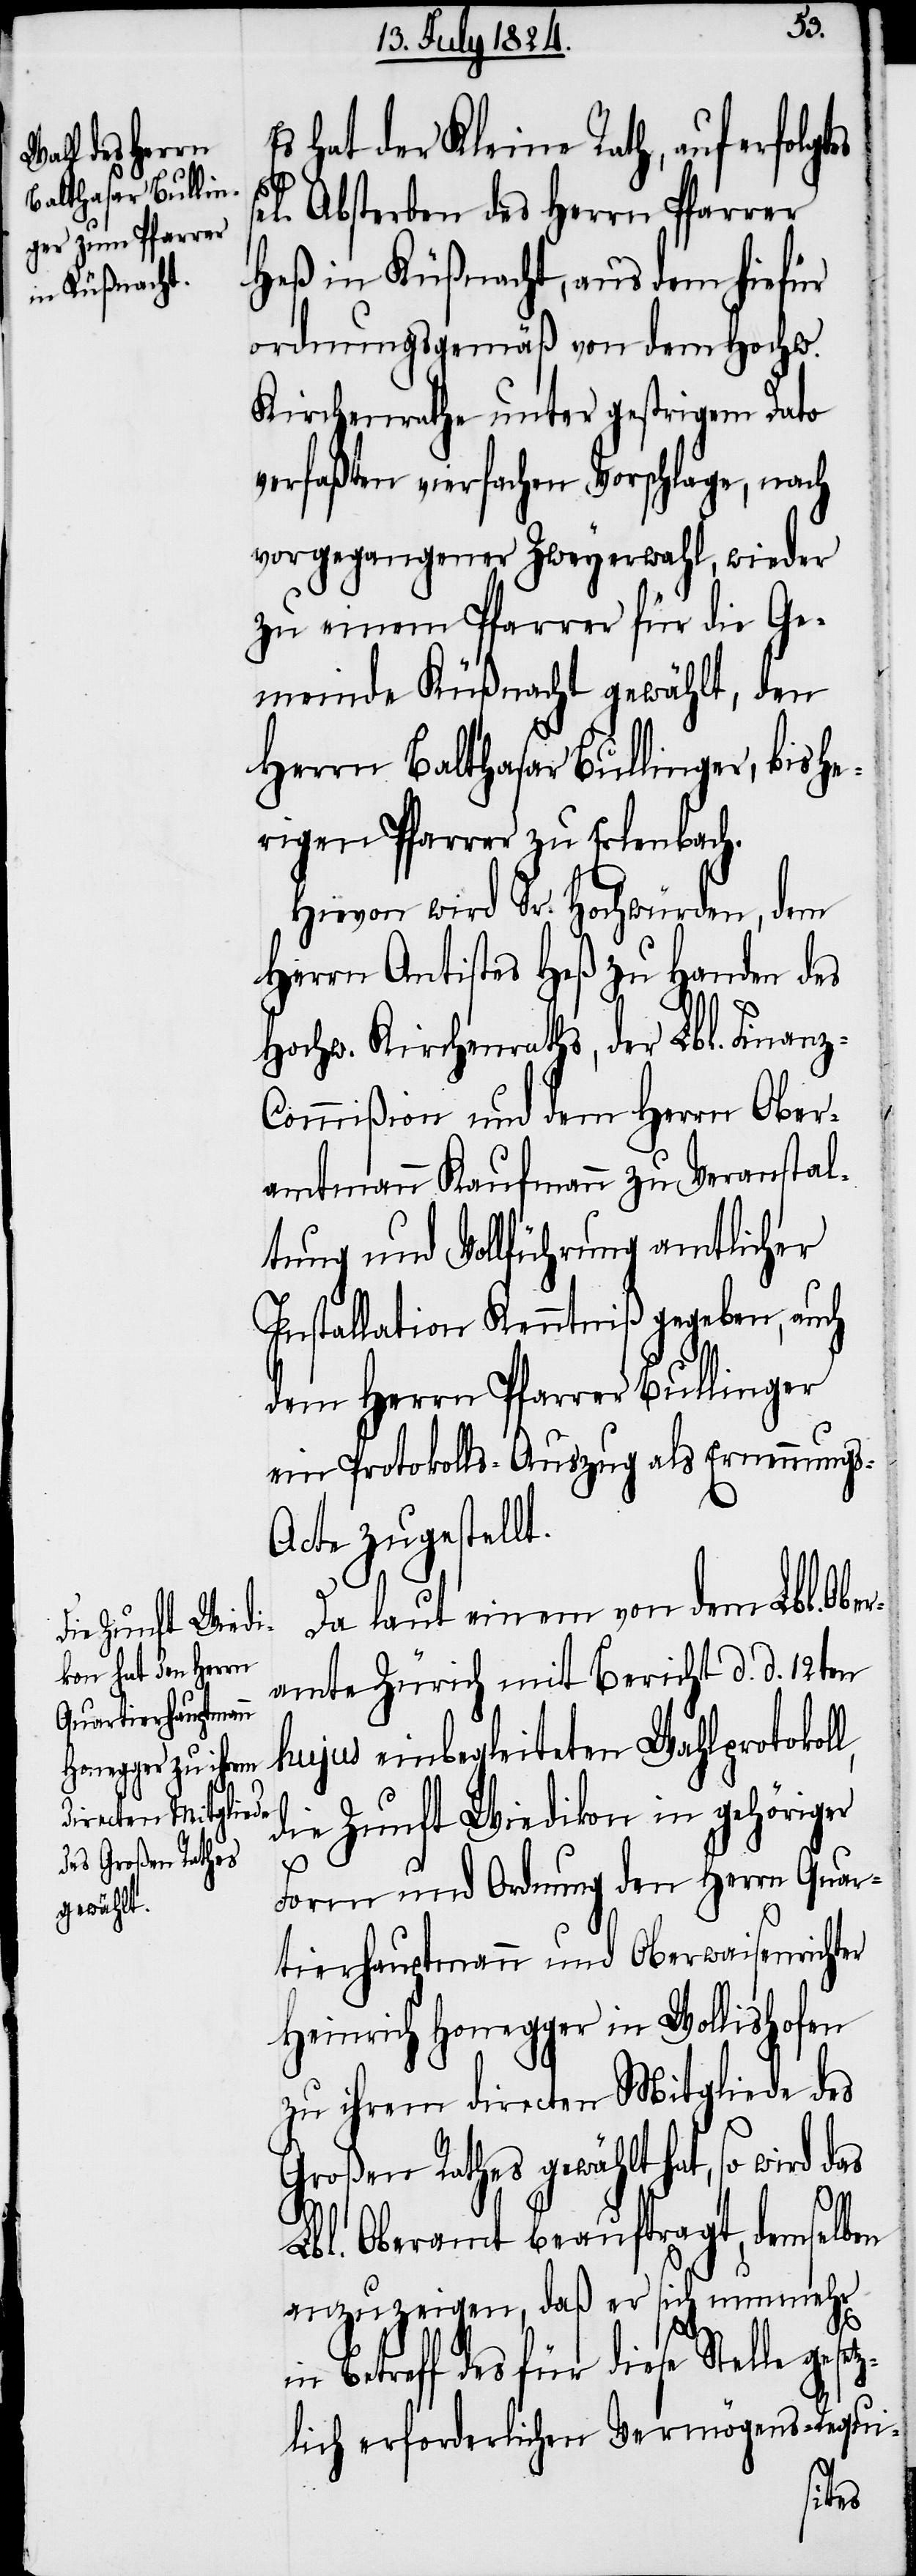
tes sel[ige¬

Es hat der Kleine Rath, auf erfolg¬
s] Absterben des Herrn Pfarrer
Heß in Küßnacht, aus dem hiefür
ordnungsgemäß von dem Hochw.
Kirchenrathe unter gestrigem Dato
verfaßten vierfachen Vorschlage, nach
vorgegangener Zweyerwahl, wieder
zu einem Pfarrer für die Ge¬
meinde Küßnacht gewählt, den
Herrn Balthasar Bullinger, bishe¬
riger Pfarrer zu Erlenbach.
Hievon wird Sr. Hochwürden, dem
Herrn Antistes Heß zu Handen des
Hochw. Kirchenrathes, der Lbl. Finanz-C¬
ommißion und dem Herrn Ober¬
amtmann Kaufmann zu Veranstal¬
tung und Vollführung amtlicher
Installation Kenntniß gegeben, auch
dem Herrn Pfarrer Bullinger
ein Protokoll-Auszug als Ernennung¬
s-Acte zugestellt.
Da laut einem von dem Lbl. Obe¬
ramte Zürich mit Bericht d. d. 12ten
hujus einbegleiteten Wahlprotokoll,
die Zunft Wiedikon in gehöriger
Form und Ordnung den Herrn Quar¬
tierhauptmann und Oberwaisenrichter
Heinrich Honegger in Wollishofen
zu ihrem directen Mitgliede des
Großen Rathes gewählt hat, so wird das
Lbl. Oberamt beauftragt, demselben
anzuzeigen, daß er sich nunmehr
in Betreff des für diese Stelle geset¬
zlich erforderlichen Vermögens-Requi-